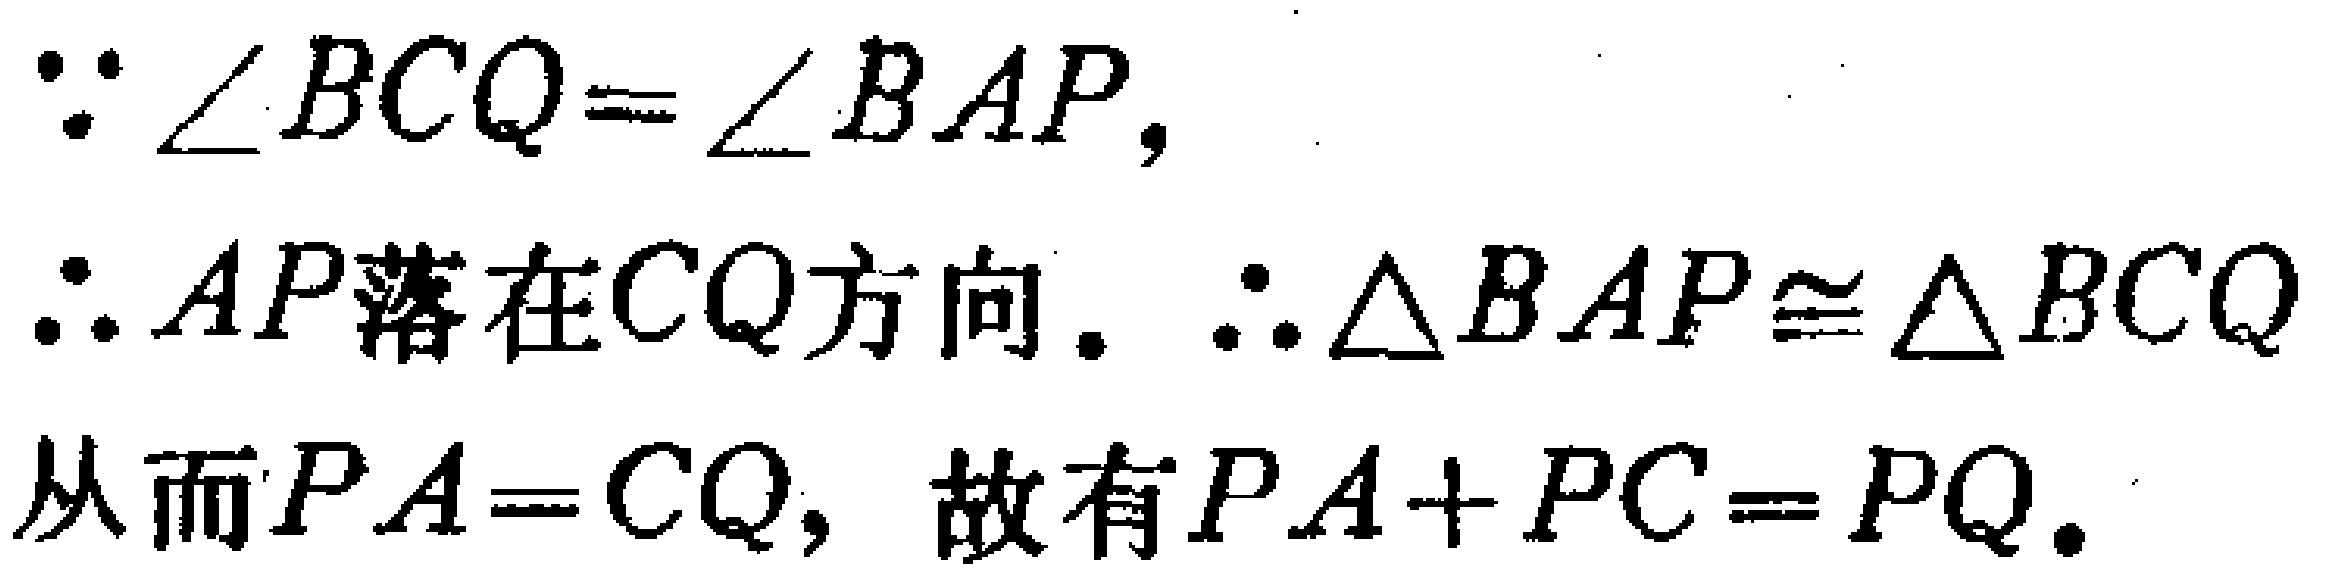
\(\because \angle BCQ=\angle BAP,\)
\(\therefore AP落在CQ方向.\ \therefore \triangle BAP\cong \triangle BCQ\)
从而\(PA = CQ,\) 故有\(PA + PC = PQ.\)